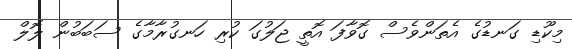
މިކޫޑި ގަނޑުގެ އެތަންވެސް ގޮވާފަ އޮތީ ޖަލުގަ ކުރި ހަނގުރާމާގެ ސަބަބުން ލޮލް